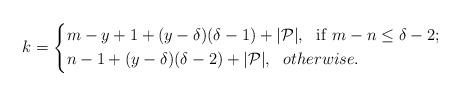
LaTeX: \begin{align*}k=\left \{\begin {aligned}&m-y+1+(y-\delta)(\delta-1)+|\mathcal P|,~~{\rm if}~m-n\leq \delta-2;\\&n-1+(y-\delta)(\delta-2)+|\mathcal P|,~~otherwise.\\\end {aligned}\right.\end{align*}